Annual report of the Punjab Veterinary College and of the Civil Veterinary Department, Punjab - 1909-1919
Year: 1909
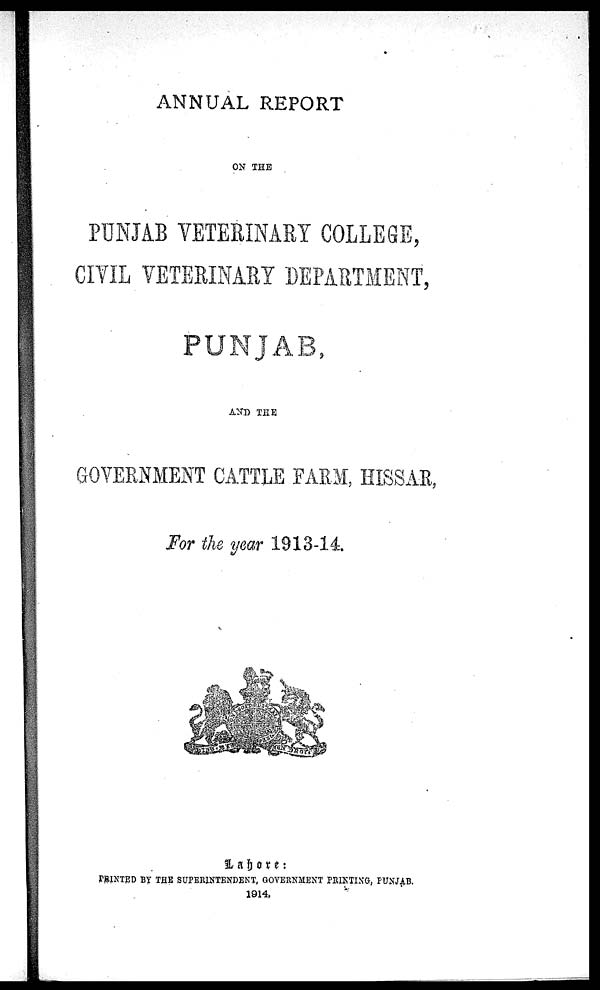
ANNUAL REPORT
ON THE
PUNJAB VETERINARY COLLEGE,
CIVIL VETERINARY DEPARTMENT,
PUNJAB,
AND THE
GOVERNMENT CATTLE FARM, HISSAR,
For the year 1913-14
Lahore:
PRINTED BY THE SUPERINTENDENT, GOVERNMENT PRINTING, PUNJAB.
1914.